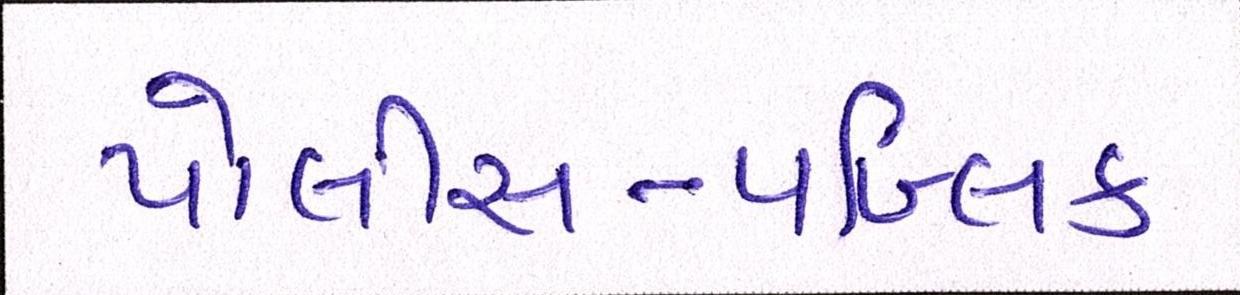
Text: પોલીસ-પબ્લિક